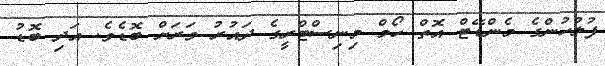
ފުލުހުންގެ މެންޑޭޓް އޮތް ހޯމް މިނިސްޓްރީގެ ދައުރު ވަަރަށް ބޮޑެވެ. އަދި ބޮޑު